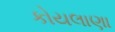
કોયલાણા